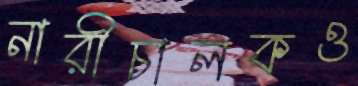
নারীচালকও